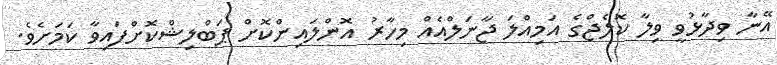
އޭނާ ވިދާޅުވީ ވިލާ ކޮލެޖްގެ އަމިއްލަ ޖާނަލްއެއް މިހާރު އޮންލައިންކޮށް ޕަބްލިޝްކޮށްފައިވާ ކަމަށެވެ.